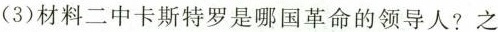
(3)材料二中卡斯特罗是哪国革命的领导人?之